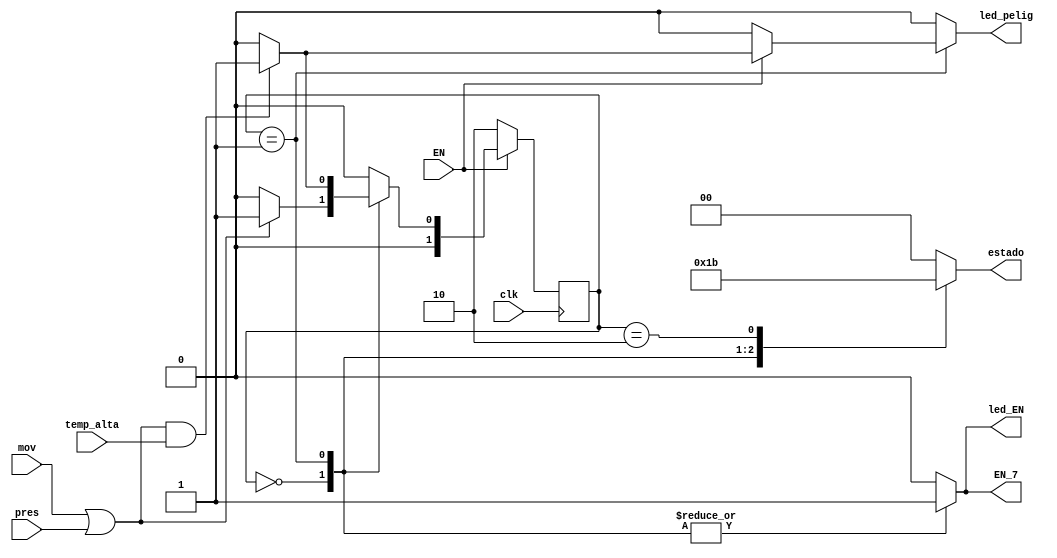
`timescale 1ns / 1ps
//////////////////////////////////////////////////////////////////////////////////
// Company: 
// Engineer: 
// 
// Design Name: 
// Module Name:    maq2 
// Project Name: 
// Target Devices: 
// Tool versions: 
// Description: 
//
// Dependencies: 
//
// Revision: 
// Revision 0.01 - File Created 
// Additional Comments: 
//
//////////////////////////////////////////////////////////////////////////////////
module maquina_estados(
	input wire clk, temp_alta, mov, pres, EN,
	output reg led_EN, led_pelig, EN_7,
	output reg [1:0] estado
    );

	localparam [1:0] 	estado_0 = 2'b00, 
							estado_1 = 2'b01,
							estado_2 = 2'b10;
							
	reg [1:0] est, est_sig;
	
	always @(posedge clk)
		if (EN)
			est <= est_sig;
		else
			est <= estado_2; 
		
	always @ * 
		begin
			est_sig = estado_0;
			led_EN = 1'b0;
			led_pelig = 1'b0;
			EN_7 = 1'b0;
			estado = 2'b0;
			case(est)
				estado_0:	begin
									estado = 2'b01;
									led_EN = 1'b1;
									led_pelig = 1'b0;
									EN_7 = 1'b1;
									if(EN)
										if(mov|pres)
											est_sig = estado_1;
										else
											est_sig = estado_0;
									else
										est_sig = estado_2;
								end				
				estado_1:	begin
									estado = 2'b10;
									led_EN = 1'b1;
									EN_7 = 1'b1;
									if(EN)
										if((mov|pres)&temp_alta)
											begin
												est_sig = estado_1;
												led_pelig = 1'b1;
											end	
										else
											begin
												est_sig = estado_0;
												led_pelig = 1'b0;
											end
									else
										est_sig = estado_2;
								end				
				estado_2:	begin
									estado = 2'b11;
									led_EN = 1'b0;
									led_pelig = 1'b0;
									EN_7 = 1'b0;
								end
				default:		begin
									estado = 2'b00;
									led_EN = 1'b0;
									led_pelig = 1'b0;
									EN_7 = 1'b0;
									if(EN)
										est_sig = estado_0;
								end
			endcase
		end
endmodule